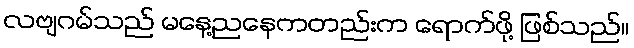
လဗျဂမ်သည် မနေ့ညနေကတည်းက ရောက်ဖို့ ဖြစ်သည်။